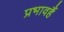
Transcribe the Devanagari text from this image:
प्रभावहैं